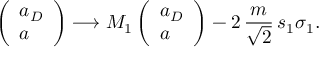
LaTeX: \left( \begin{array} { l } { { a _ { D } } } \\ { { a } } \end{array} \right) \longrightarrow M _ { 1 } \left( \begin{array} { l } { { a _ { D } } } \\ { { a } } \end{array} \right) - 2 \, { \frac { m } { \sqrt { 2 } } } \, s _ { 1 } \sigma _ { 1 } .